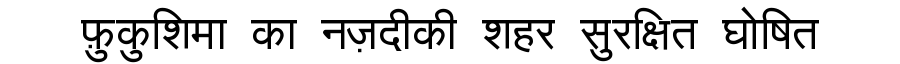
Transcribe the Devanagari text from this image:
फ़ुकुशिमा का नज़दीकी शहर सुरक्षित घोषित